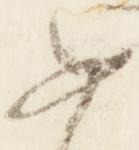
如